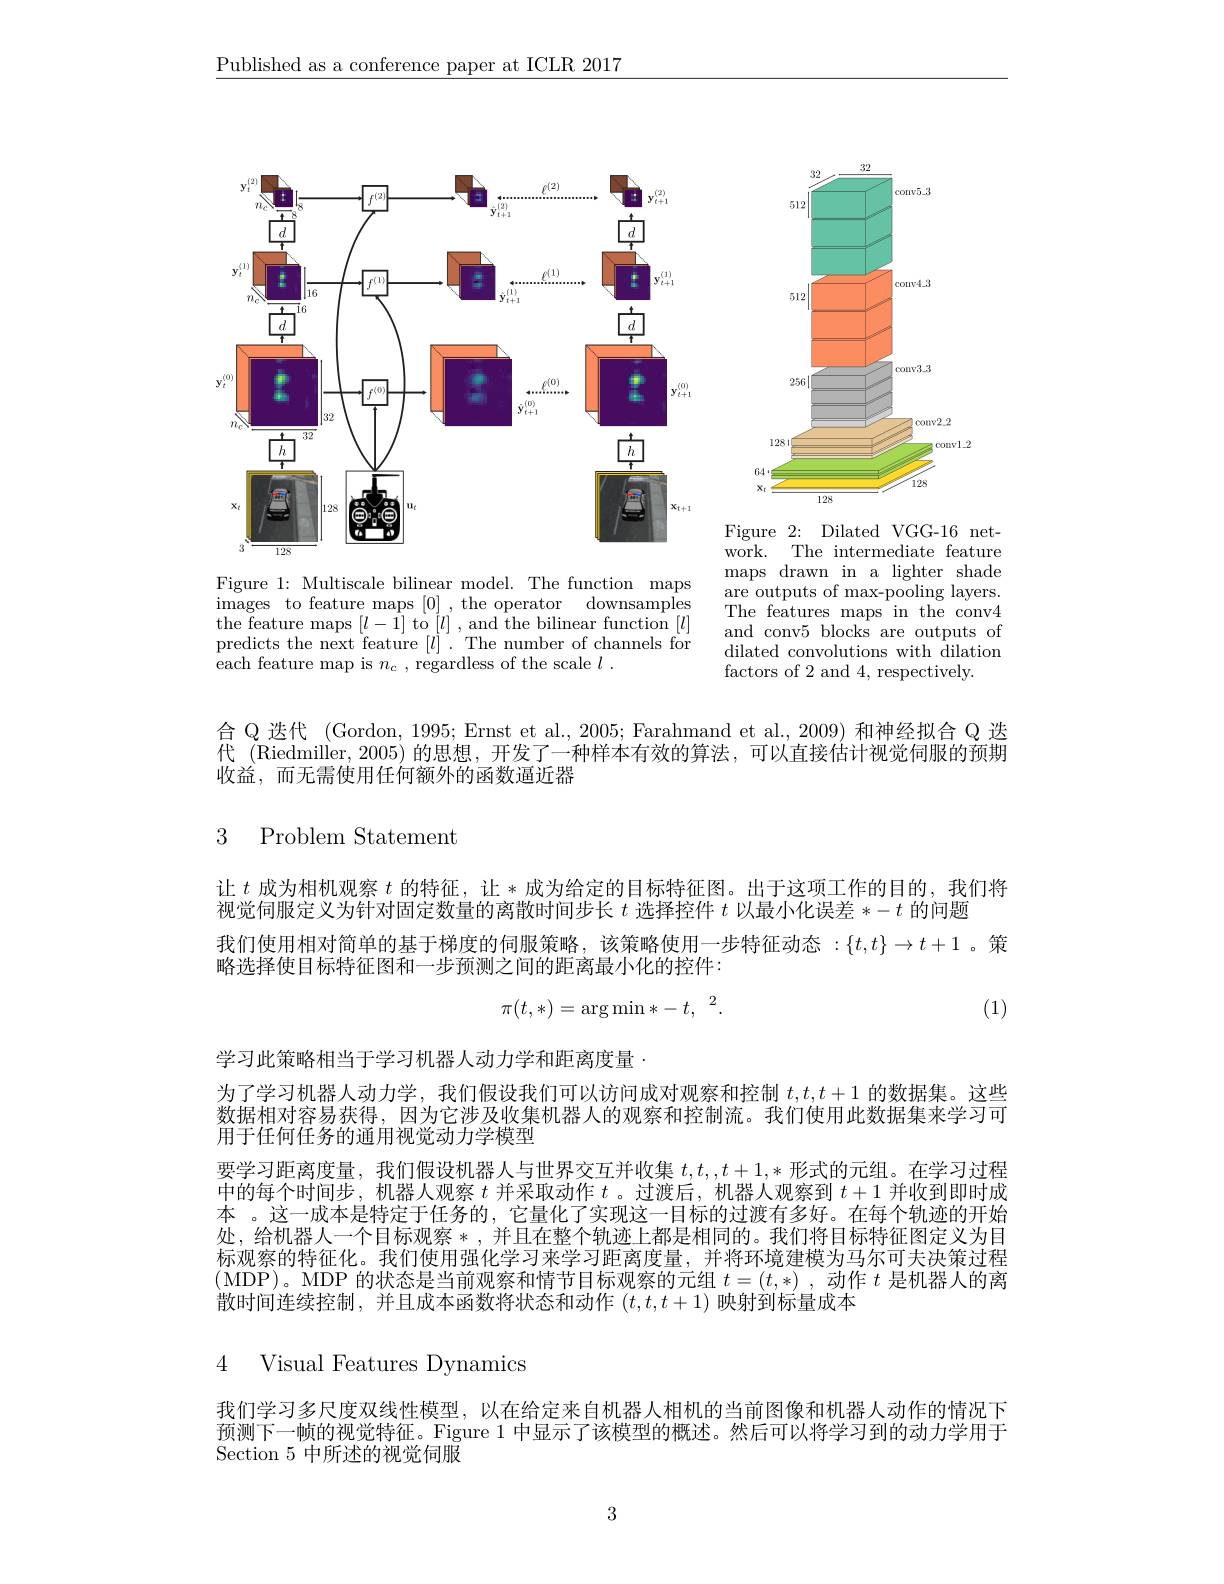
$\underline{\text{Published as a conference paper at ICLR 2017}}$

<FigureHere>

<FigureHere>

Figure 2: Dilated VGG-16 network. The intermediate feature maps drawn in a lighter shade are outputs of max-pooling layers. The features maps in the conv4 and conv5 blocks are outputs of dilated convolutions with dilation factors of 2 and 4, respectively.

Figure 1: Multiscale bilinear model. The function maps $\begin{array}{cc}{\mathrm{images~to~feature~maps~[0]~,~the~operator~downsamples}}\\{\mathrm{images~to~feature~maps~[0]~,~the~operator~downsamples}}\\{\mathrm{images~to~feature~maps~[0]~,~the~oprerator~downsamples}}\end{array}$ $\begin{array}{l}\mathrm{the~feature~maps~}[l-1]~\mathrm{to~}[l]~,~\mathrm{and~the~bilinear~function~}[l]\\\mathrm{predicts~the~next~feature~}[l]~.~\mathrm{The~number~of~channels~for}\\\mathrm{each~feature~map~is~}n_{c}~,~\mathrm{regardless~of~the~scale~}l~.\end{array}$

合 Q 迭代 (Gordon, 1995; Ernst et al., 2005; Farahmand et al., 2009) 和神经拟合 Q 迭代 (Riedmiller, 2005) 的思想，开发了一种样本有效的算法，可以直接估计视觉伺服的预期收益，而无需使用任何额外的函数逼近器

3 Problem Statement

让$t$成为相机观察$t$的特征，让*成为给定的目标特征图。出于这项工作的目的，我们将
视觉伺服定义为针对固定数量的离散时间步长$t$选择控件$t$以最小化误差$*-t$的问题
我们使用相对简单的基于梯度的伺服策略，该策略使用一步特征动态$:\{t,t\}\to t+1$ 。策
略选择使目标特征图和一步预测之间的距离最小化的控件：
$$\pi(t,*)=\arg\min*-t,^2.$$
(1)

学习此策略相当于学习机器人动力学和距离度量.
为了学习机器人动力学，我们假设我们可以访问成对观察和控制$t,t,t+1$的数据集。这些数据相对容易获得，因为它涉及收集机器人的观察和控制流。我们使用此数据集来学习可用于任何任务的通用视觉动力学模型
要学习距离度量，我们假设机器人与世界交互并收集$t,t,t+1,*$形式的元组。在学习过程中的每个时间步，机器人观察$t$并采取动作$t$ 。过渡后，机器人观察到$t+1$并收到即时成本。这一成本是特定于任务的，它量化了实现这一目标的过渡有多好。在每个轨迹的开始处，给机器人一个目标观察*,并且在整个轨迹上都是相同的。我们将目标特征图定义为目标观察的特征化。我们使用强化学习来学习距离度量，并将环境建模为马尔可夫决策过程(MDP)。MDP 的状态是当前观察和情节目标观察的元组$t=(t,*)$ ,动作$t$是机器人的离散时间连续控制，并且成本函数将状态和动作$(t,t,t+1)$映射到标量成本

4 Visual Features Dynamics

我们学习多尺度双线性模型，以在给定来自机器人相机的当前图像和机器人动作的情况下预测下一帧的视觉特征。Figure 1 中显示了该模型的概述。然后可以将学习到的动力学用于Section 5 中所述的视觉伺服

3